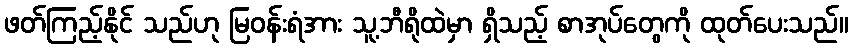
ဖတ်ကြည့်နိုင် သည်ဟု မြဝန်းရံအား သူ့ဘီရိုထဲမှာ ရှိသည့် စာအုပ်တွေကို ထုတ်ပေးသည်။